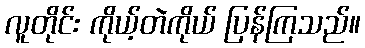
လူတိုင်း ကိုယ့်တဲကိုယ် ပြန်ကြသည်။